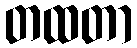
တထတာ